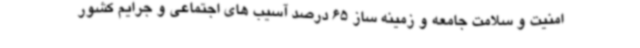
امنیت و سلامت جامعه و زمینه ساز 65 درصد آسیب های اجتماعی و جرایم کشور